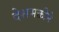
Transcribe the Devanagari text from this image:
देशभक्तीने